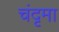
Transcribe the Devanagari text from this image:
चंदृमा